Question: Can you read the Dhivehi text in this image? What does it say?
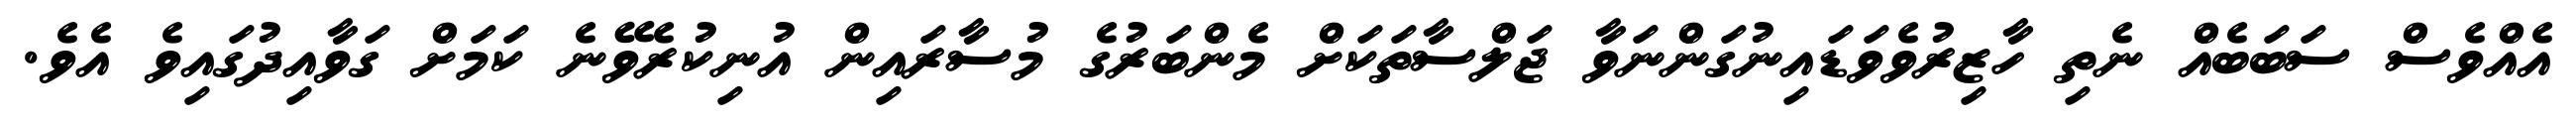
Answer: އެއްވެސް ސަބަބެއް ނެތި ހާޒިރުވެވަޑައިނުގަންނަވާ ޖަލްސާތަކަށް މެންބަރުގެ މުސާރައިން އުނިކުރެވޭނެ ކަމަށް ގަވާއިދުގައިވެ އެވެ.